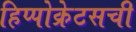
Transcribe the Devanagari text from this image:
हिप्पोक्रेटसची